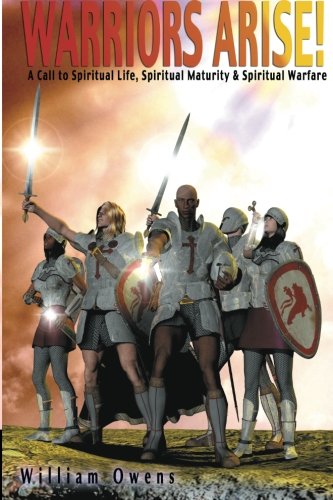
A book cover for Warriors Arise!: Spirtual Life  Spiritual Maturity  Spiritual Warfare; Mr. William G. Owens; Health, Fitness & Dieting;